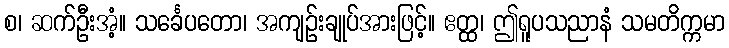
စ၊ ဆက်ဦးအံ့။ သင်္ခေပတော၊ အကျဉ်းချုပ်အားဖြင့်။ ဧတ္ထ၊ ဤရူပသညာနံ သမတိက္ကမာ